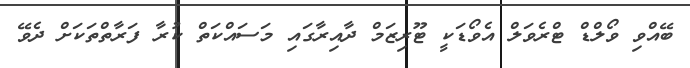
ބޭއްވި ވޯލްޑް ޓްރެވަލް އެވޯޑަކީ ޓޫރިޒަމް ދާއިރާގައި މަސައްކަތް ކުރާ ފަރާތްތަކަށް ދެވޭ